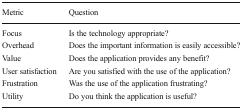
| Metric | Question |
 | --- | --- |
 | Focus | Is the technology appropriate? |
 | Overhead | Does the important information is easily accessible? |
 | Value | Does the application provides any benefit? |
 | User satisfaction | Are you satisfied with the use of the application? |
 | Frustration | Was the use of the application frustrating? |
 | Utility | Do you think the application is useful? |